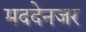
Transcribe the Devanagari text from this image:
मददेनजर